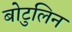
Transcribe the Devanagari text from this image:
बोटुलिन